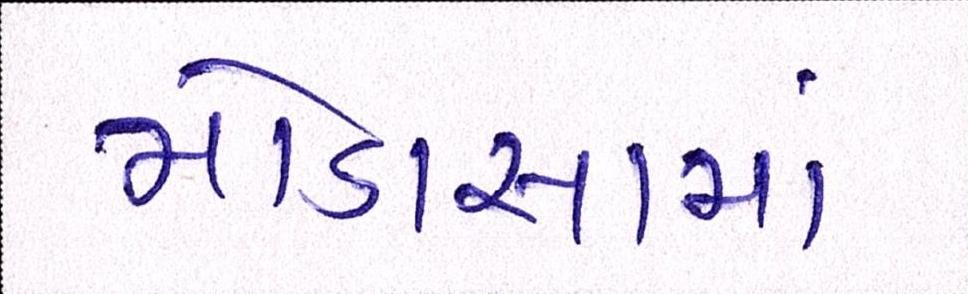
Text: મોડાસામાં